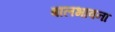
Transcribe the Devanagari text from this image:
बालभावना